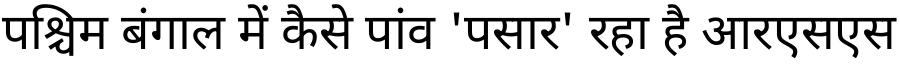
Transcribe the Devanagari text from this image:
पश्चिम बंगाल में कैसे पांव 'पसार' रहा है आरएसएस